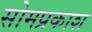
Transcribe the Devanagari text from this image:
सोमप्रकाश